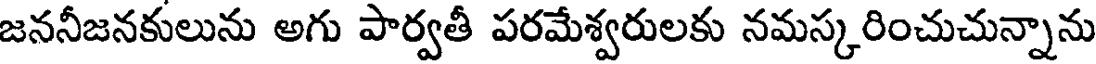
జననీజనకులును అగు పార్వతీ పరమేశ్వరులకు నమస్కరించుచున్నాను